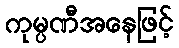
ကုမ္ပဏီအနေဖြင့်